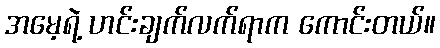
အမေ့ရဲ့ ဟင်းချက်လက်ရာက ကောင်းတယ်။